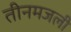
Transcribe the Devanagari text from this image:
तीनमजली